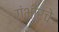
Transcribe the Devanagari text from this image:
गंभीरचे